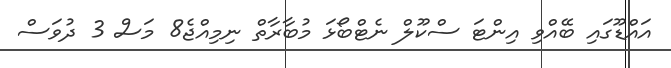
އައްޑޫގައި ބޭއްވި އިންޓަ ސްކޫލް ނެޓްބޯޅަ މުބާރާތް ނިމިއްޖެ8 މަސް 3 ދުވަސް